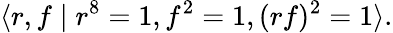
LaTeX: \langle r,f\mid r^{8}=1,f^{2}=1,(rf)^{2}=1\rangle.